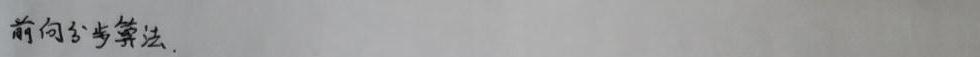
前向分步算法